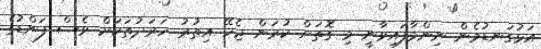
އަޅުގަނޑުމެން ނިންމާފައިވާނީ މި ގޮތަށް ކުރަން ޖެހޭ އިތުރު ހަރަދުތަކަށް ވެސް ފަންޑުގެ